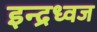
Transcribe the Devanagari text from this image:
इन्द्रध्वज